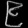
Digit: ၉